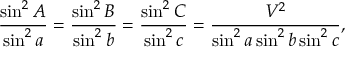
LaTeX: { \frac { \sin ^ { 2 } A } { \sin ^ { 2 } a } } = { \frac { \sin ^ { 2 } B } { \sin ^ { 2 } b } } = { \frac { \sin ^ { 2 } C } { \sin ^ { 2 } c } } = { \frac { V ^ { 2 } } { \sin ^ { 2 } a \sin ^ { 2 } b \sin ^ { 2 } c } } ,